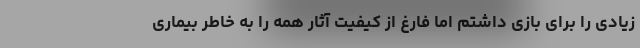
زیادی را برای بازی داشتم اما فارغ از کیفیت آثار همه را به خاطر بیماری